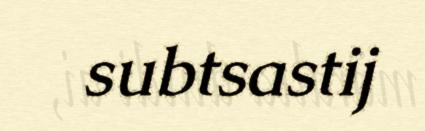
subtsastij